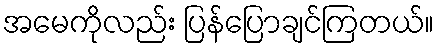
အမေကိုလည်း ပြန်ပြောချင်ကြတယ်။